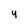
Character: Y